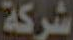
شركة